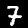
Digit: 7